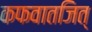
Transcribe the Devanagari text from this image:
कफवातजित्